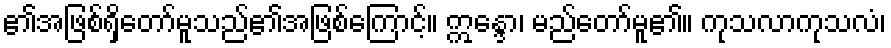
၏အဖြစ်ရှိတော်မူသည်၏အဖြစ်ကြောင့်။ ဣန္ဒော၊ မည်တော်မူ၏။ ကုသလာကုသလံ၊